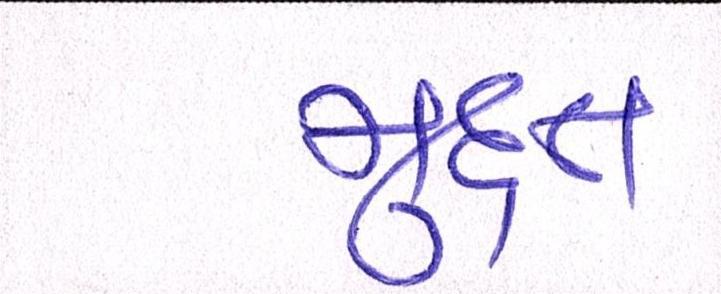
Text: મુદત